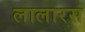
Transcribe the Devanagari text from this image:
लालारस